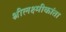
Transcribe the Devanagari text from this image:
श्रीलक्ष्मीकांता